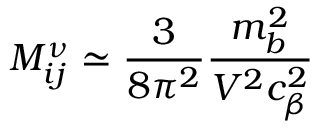
M _ { i j } ^ { \nu } \simeq \frac { 3 } { 8 \pi ^ { 2 } } \frac { m _ { b } ^ { 2 } } { V ^ { 2 } c _ { \beta } ^ { 2 } }